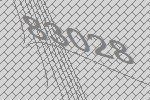
83028